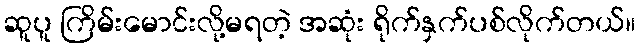
ဆူပူ ကြိမ်းမောင်းလို့မရတဲ့ အဆုံး ရိုက်နှက်ပစ်လိုက်တယ်။